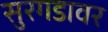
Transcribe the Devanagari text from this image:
सुरगडावर